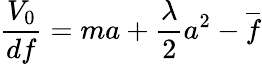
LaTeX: \frac{V_{0}}{df}=ma+\frac{\lambda}{2}a^{2}-\overline{{{f}}}